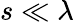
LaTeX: s\ll\lambda